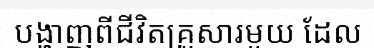
បង្ហាញពីជីវិតគ្រួសារមួយ ដែល